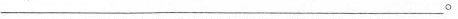
___。